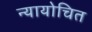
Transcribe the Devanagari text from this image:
न्‍यायोचित